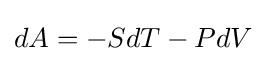
dA=-SdT-PdV